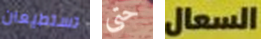
تستطيعان حتى السعال